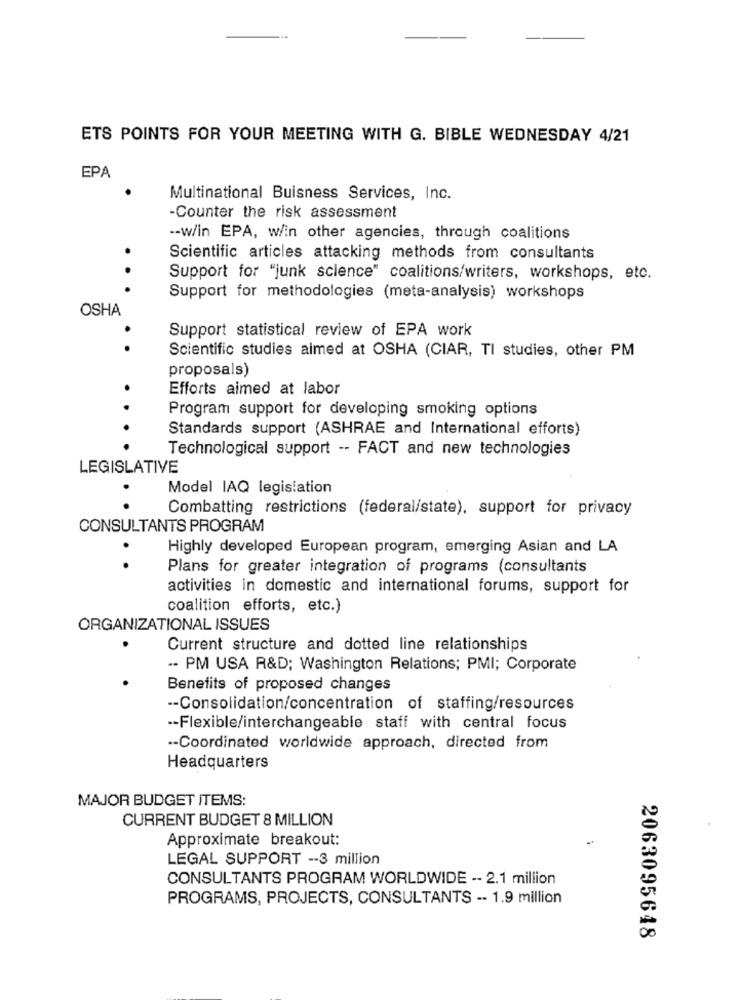
ETS POINTS FOR YOUR MEETING WITH G. BIBLE WEDNESDAY 4/21
EPA
Multinational Buisness Services, Inc.
-Counter the risk assessment
-- w/in EPA, w/in other agencies, through coalitions
Scientific articles attacking methods from consultants
. .
Support for "junk science" coalitions/writers, workshops, etc.
Support for methodologies (meta-analysis) workshops
OSHA
Support statistical review of EPA work
.
Scientific studies aimed at OSHA (CIAR, TI studies, other PM
proposals)
.
Efforts aimed at labor
Program support for developing smoking options
Standards support (ASHRAE and International efforts)
. .
Technological support -- FACT and new technologies
LEGISLATIVE
Model IAQ legislation
Combatting restrictions (federal/state), support for privacy
CONSULTANTS PROGRAM
Highly developed European program, emerging Asian and LA
. .
Plans for greater integration of programs (consultants
activities in domestic and international forums, support for
coalition efforts, etc.)
ORGANIZATIONAL ISSUES
Current structure and dotted line relationships
.- PM USA R&D; Washington Relations; PMI; Corporate
Benefits of proposed changes
-- Consolidation/concentration of staffing/resources
-- Flexible/interchangeable staff with central focus
-- Coordinated worldwide approach, directed from
Headquarters
MAJOR BUDGET ITEMS:
CURRENT BUDGET 8 MILLION
Approximate breakout:
LEGAL SUPPORT -- 3 million
CONSULTANTS PROGRAM WORLDWIDE -- 2.1 million
PROGRAMS, PROJECTS, CONSULTANTS -- 1.9 million
2063095648